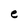
Character: e